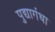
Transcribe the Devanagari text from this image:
पुद्यागंधा